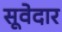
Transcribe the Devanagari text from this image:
सूवेदार